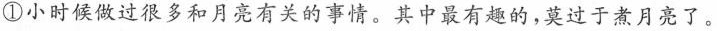
①小时候做过很多和月亮有关的事情。其中最有趣的，莫过于煮月亮了。